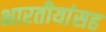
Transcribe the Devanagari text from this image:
भारतीयांसह